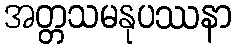
အတ္တသမနုပဿနာ